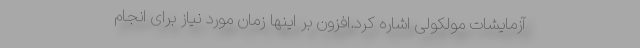
آزمایشات مولکولی اشاره کرد.افزون بر اینها زمان مورد نیاز برای انجام